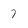
Character: 7